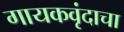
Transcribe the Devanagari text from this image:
गायकवृंदाचा